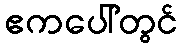
ဧကပေါ်တွင်